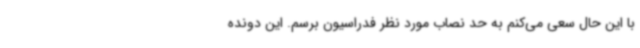
با این حال سعی می‌کنم به حد نصاب مورد نظر فدراسیون برسم. این دونده